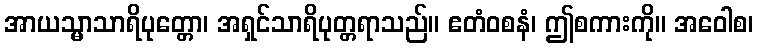
အာယသ္မာသာရိပုတ္တော၊ အရှင်သာရိပုတ္တရာသည်။ ဧတံဝစနံ၊ ဤစကားကို။ အဝေါစ၊